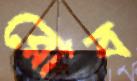
রোব